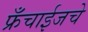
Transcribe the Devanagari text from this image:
फ्रँचाईजचे